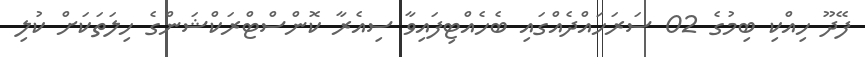
ފޭދޫ ހިއްކި ބިމުގެ 02 ސަރަހައްދެއްގައި ބެހެއްޓިފައިވާ ސިއެރާ ކޮންސްޓްރަކްޝަންގެ ހިލަތަކަށް ކުލި